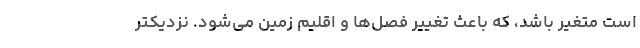
است متغیر باشد، که باعث تغییر فصل‌ها و اقلیم زمین می‌شود. نزدیکتر